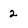
Character: 2